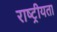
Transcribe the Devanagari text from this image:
राष्‍ट्रीयता